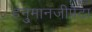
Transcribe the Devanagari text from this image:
हनु्मानजीपेटा